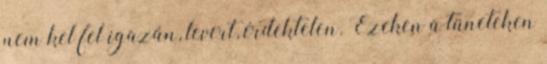
nem kel fel igazán, levert, érdektelen. Ezeken a tüneteken